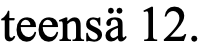
teensä 12.